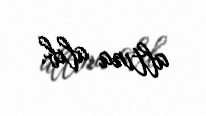
altına alıb.